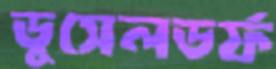
ডুসেলডর্ফ